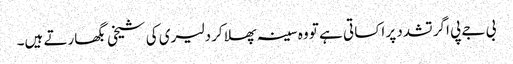
بی جے پی اگر تشدد پر اکسا تی ہے تو وہ سینہ پھلا کر دلیری کی شیخی بگھارتے ہیں۔